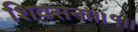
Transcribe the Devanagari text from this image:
शिवसेना।।१।।